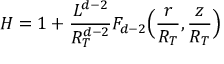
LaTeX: H = 1 + \frac { L ^ { d - 2 } } { R _ { T } ^ { d - 2 } } F _ { d - 2 } \Big ( \frac { r } { R _ { T } } , \frac { z } { R _ { T } } \Big )